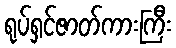
ရုပ်ရှင်ဇာတ်ကားကြီး